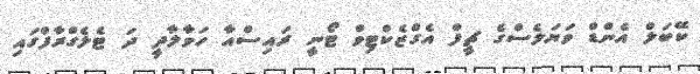
ކޭބަލް އެންޑް ވަޔަލެސްގެ ޗީފް އެގްޒެކްޓިވް ޓޯނީ ރައިސްއާ ހަވާލާދީ ދަ ޓެލެގްރާފްގައި